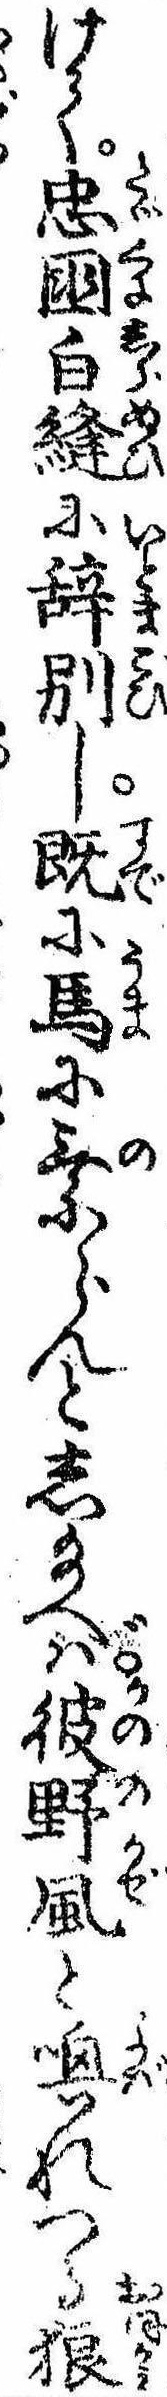
けて忠国白縫に辞別し既に馬に乗らんとし給へば彼野風と喚れつる狼